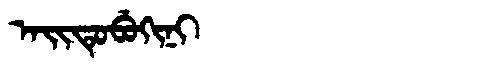
Manchu: ᠠᡳᡨᡠᠪᡠᡴᡳᠨᡳ
Romanization: AITUBUKINI